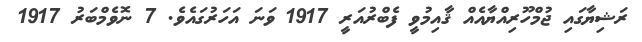
ރަޝިޔާގައި ޖުމްހޫރިއްޔާއެއް ޤާއިމުވީ ފެބްރުއަރީ 1917 ވަނަ އަހަރުގައެވެ. 7 ނޮވެމްބަރު 1917